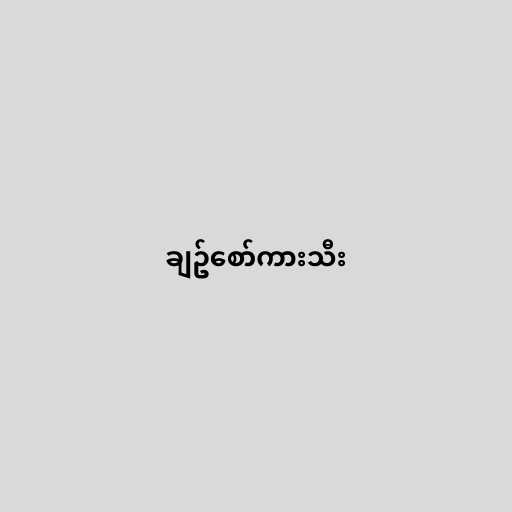
ချဥ်စော်ကားသီး